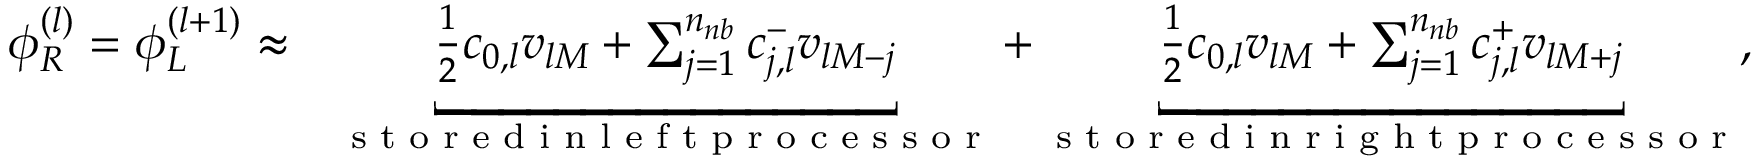
\begin{array} { r l } { \phi _ { R } ^ { ( l ) } = \phi _ { L } ^ { ( l + 1 ) } \approx } & { \underbracket { \frac { 1 } { 2 } c _ { 0 , l } v _ { l M } + \sum _ { j = 1 } ^ { n _ { n b } } c _ { j , l } ^ { - } v _ { l M - j } } _ { \textup { s t o r e d i n l e f t p r o c e s s o r } } + \underbracket { \frac { 1 } { 2 } c _ { 0 , l } v _ { l M } + \sum _ { j = 1 } ^ { n _ { n b } } c _ { j , l } ^ { + } v _ { l M + j } } _ { \textup { s t o r e d i n r i g h t p r o c e s s o r } } , } \end{array}